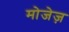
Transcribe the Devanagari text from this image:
मोजेज़